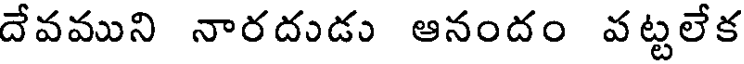
దేవముని నారదుడు ఆనందం వట్టలేక